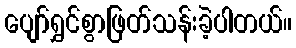
ပျော်ရွှင်စွာဖြတ်သန်းခဲ့ပါတယ်။